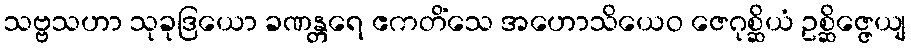
သဗ္ဗသဟာ သုခုဒြယော ခဏန္တရေ ဧကတိံသေ အဟောသိယေဝ ဇေဂုစ္ဆိယံ ဥစ္ဆိဇ္ဇေယျ